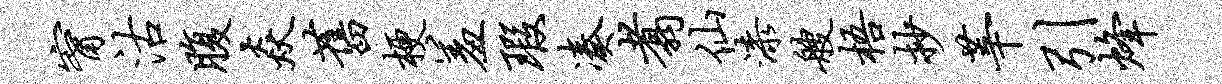
甯沽腹焱旧梗羞瑕凑翥仙漆艘梧抄莘引烽